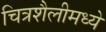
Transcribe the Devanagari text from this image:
चित्रशैलीमध्ये